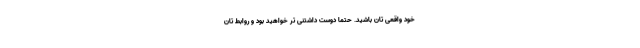
خود واقعی تان باشید. حتماً دوست داشتنی تر خواهید بود و روابط تان